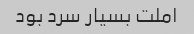
املت بسیار سرد بود